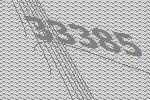
33385